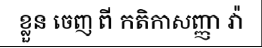
ខ្លួន ចេញ ពី កតិកាសញ្ញា វ៉ា